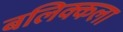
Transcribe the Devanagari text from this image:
बलिक्कला